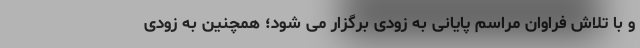
و با تلاش فراوان مراسم پایانی به زودی برگزار می شود؛ همچنین به زودی